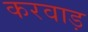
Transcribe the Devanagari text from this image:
करवाड़